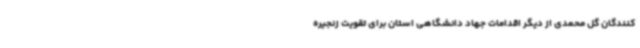
کنندگان گل محمدی از دیگر اقدامات جهاد دانشگاهی استان برای تقویت زنجیره